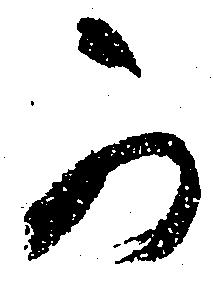
可